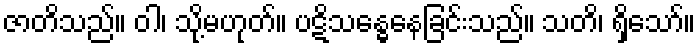
ဇာတိသည်။ ဝါ၊ သို့မဟုတ်။ ပဋိသန္ဓေနေခြင်းသည်။ သတိ၊ ရှိသော်။